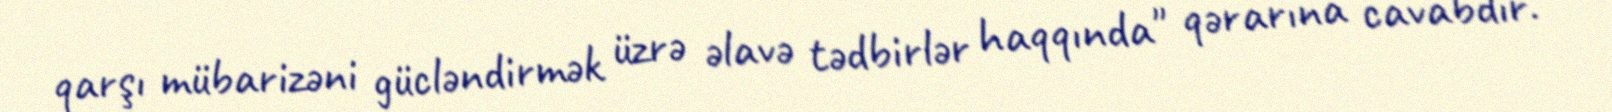
qarşı mübarizəni gücləndirmək üzrə əlavə tədbirlər haqqında" qərarına cavabdır.